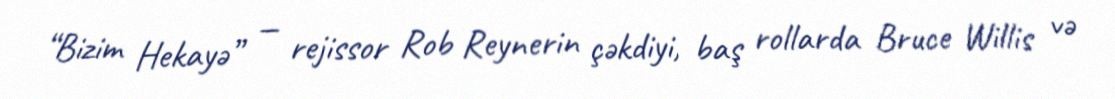
“Bizim Hekayə” — rejissor Rob Reynerin çəkdiyi, baş rollarda Bruce Willis və